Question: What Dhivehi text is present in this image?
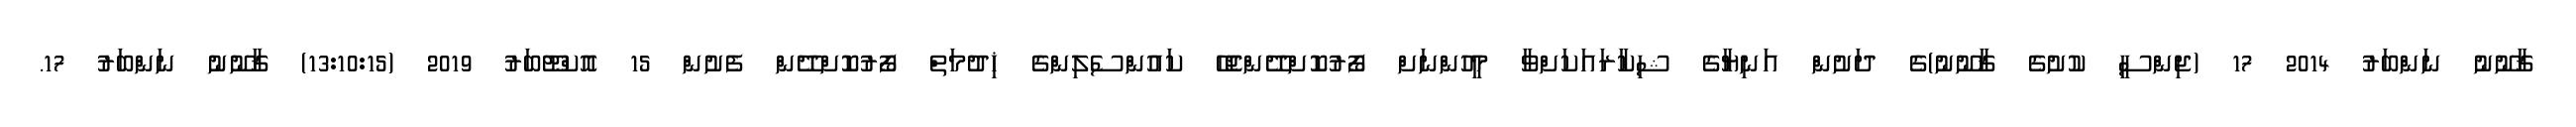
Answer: ޤާނޫނު ނަންބަރު 2014 17 (ޖިންސީ ކުށުގެ ޤާނޫނު)ގެ ދަށުން އަނިޔާގެ ޝިކާރައަކަށްވާ މީހުންނަށް ފޯރުކޮށްދޭންޖެހޭ ކައުންސެލިންގެ ޚިދުމަތް ފޯރުކޮށްދޭން ފެށުން 15 އޮކްޓޫބަރު 2019 (13:10:15) ޤާނޫނު ނަންބަރު 17.